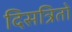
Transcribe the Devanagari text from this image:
दिसत्रितो